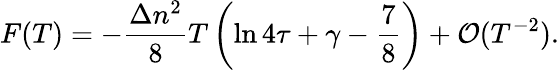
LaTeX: F(T)=-\frac{\Delta n^{2}}{8}T\left(\ln 4\tau+\gamma-\frac{7}{8}\right)+{\cal O}(T^{-2}).